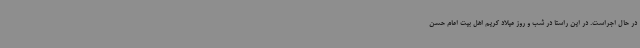
در حال اجراست. در این راستا در شب و روز میلاد کریم اهل بیت امام حسن